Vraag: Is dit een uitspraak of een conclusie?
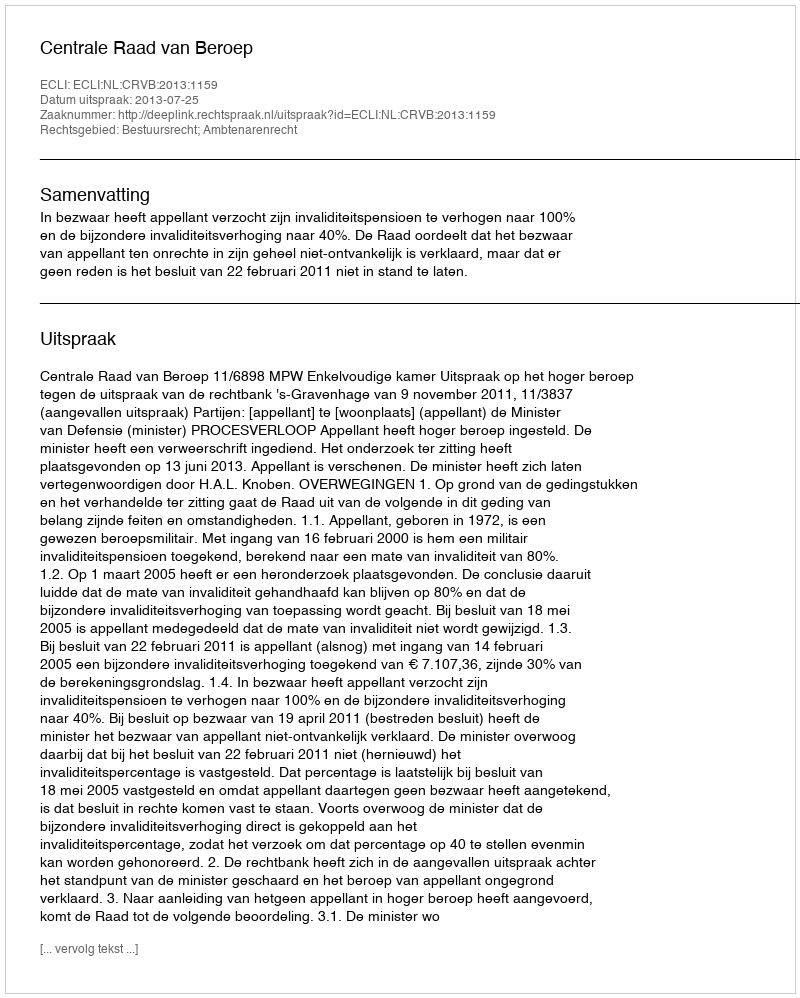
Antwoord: Uitspraak